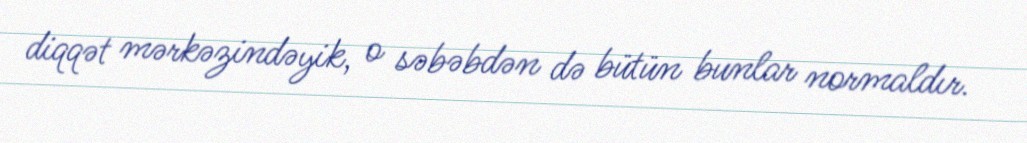
diqqət mərkəzindəyik, o səbəbdən də bütün bunlar normaldır.